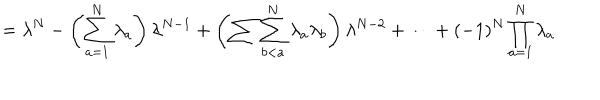
LaTeX: = \lambda ^ { N } - \left( \sum _ { a = 1 } ^ { N } \lambda _ { a } \right) \lambda ^ { N - 1 } + \left( \sum \sum _ { b < a } ^ { N } \lambda _ { a } \lambda _ { b } \right) \lambda ^ { N - 2 } + \dots + ( - 1 ) ^ { N } \prod _ { a = 1 } ^ { N } \lambda _ { a }